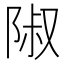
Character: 𨺏